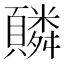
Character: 䫰